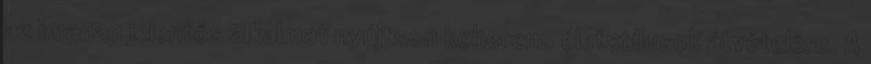
az imanap jelentős alkalmat nyújtson koherens életstílusok átvételére. A